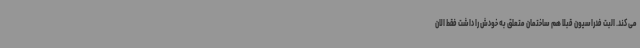
می کند. البت فدراسیون قبلا هم ساختمان متعلق به خودش را داشت فقط الان